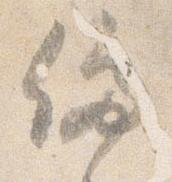
停